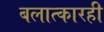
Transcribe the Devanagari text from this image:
बलात्कारही